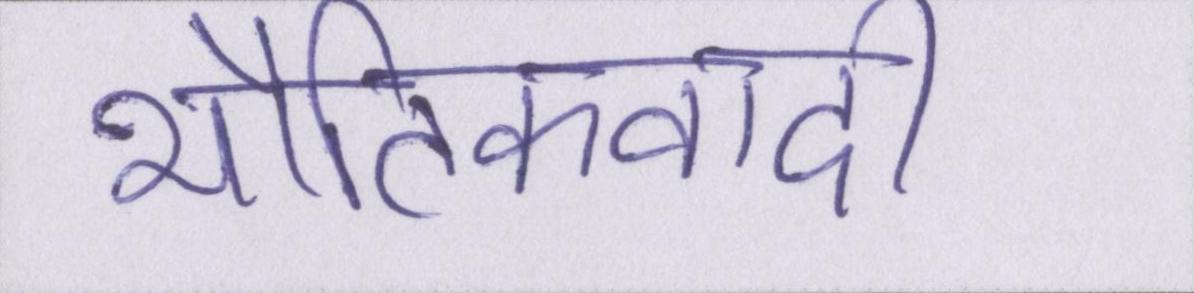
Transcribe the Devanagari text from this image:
भौतिकवादी